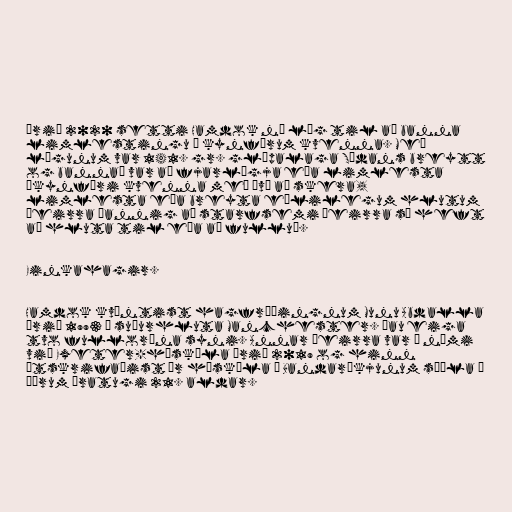
Árið 2020 setti Hamdok ný lög til að banna
limlestingu á kynfærum kvenna. Með
lögunum var 141. gr. glæpalaga Súdans breytt
og bannað var að fjarlægja eða limlesta
„kynfæri kvenna með því að skera,
limlesta eða breyta eðlilegum hlutum
þeirra þannig að starfsemi þeirra sé heft
að hluta til eða að fullu“.

Einkahagir.

Hamdok kvæntist hagfræðingnum Munu Abdalla
árið 1993 í suðurhluta Manchester. Þau eiga
tvo fullorðna syni. Annar þeirra var í námi
við Exeter-háskóla árið 2019 og hinn
útskrifaðist úr háskóla í Bandaríkjunum síðla á
öðrum áratugi 21. aldar.